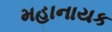
મહાનાયક